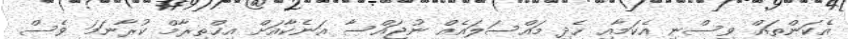
އެކަންތައް ވިސްނި އެކަމާއި ހެދި މައްސަލައެއް ނުޖައްސާ އަނެކާއަށް އިޚްތިރާމް ކުރާނަމަ ވެސް